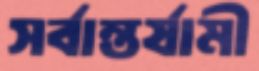
সর্বান্তর্যামী